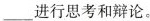
___进行思考和辩论。